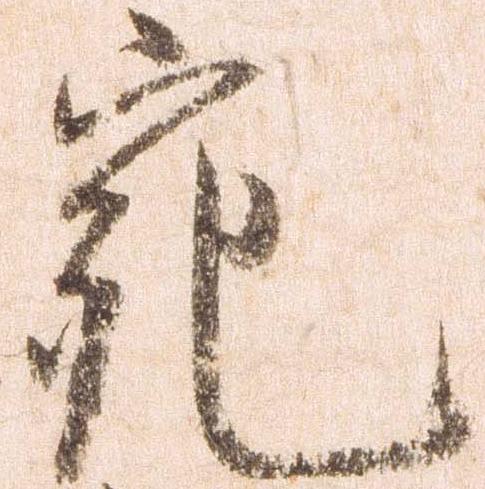
宛